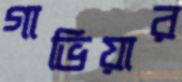
গাভিয়ার